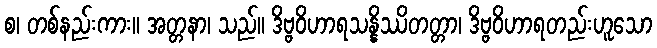
စ၊ တစ်နည်းကား။ အတ္တနာ၊ သည်။ ဒိဗ္ဗဝိဟာရသန္နိဿိတတ္တာ၊ ဒိဗ္ဗဝိဟာရတည်းဟူသော